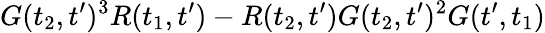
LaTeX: G(t_{2},t^{\prime})^{3}R(t_{1},t^{\prime})-R(t_{2},t^{\prime})G(t_{2},t^{\prime})^{2}G(t^{\prime},t_{1})